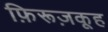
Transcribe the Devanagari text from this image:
फ़िरूज़कूह